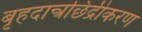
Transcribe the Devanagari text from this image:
बृहदान्त्रछिद्रीकरण